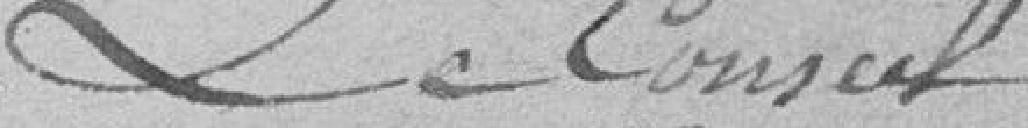
Le Conseil